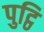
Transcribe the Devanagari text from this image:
पुट्ठि